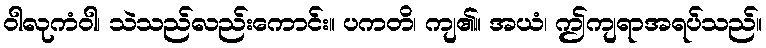
ဝါလုကံဝါ၊ သဲသည်လည်းကောင်း။ ပကတိ၊ ကျ၏။ အယံ၊ ဤကျရာအရပ်သည်။